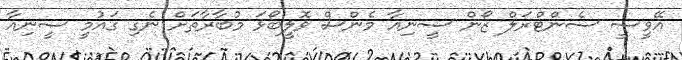
އޭވީސީ ސެންޓްރަލް ޒޯން ސީނިއާ މެންސް ވޮލީބޯޅަ މުބާރާތަށް ނެގި ގައުމީ ސީނިއާ